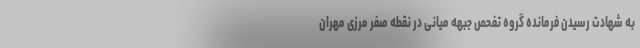
به شهادت رسیدن فرمانده گروه تفحص جبهه میانی در نقطه صفر مرزی مهران